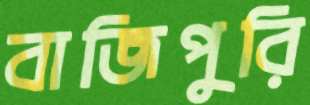
বাজিপুরি